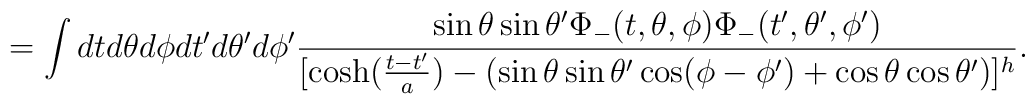
= \int dt d\theta d\phi dt^{\prime} d\theta^{\prime} d\phi^{\prime}\frac{\sin\theta\sin\theta^{\prime}\Phi_{-}(t,\theta,\phi)\Phi_{-}(t^{\prime},\theta^{\prime},\phi^{\prime})}{[\cosh(\frac{t-t^{\prime}}{a}) -(\sin \theta \sin\theta^{\prime}\cos (\phi-\phi^{\prime}) + \cos \theta \cos \theta^{\prime})]^{h}}.